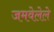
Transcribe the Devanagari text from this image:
जमवेलेले